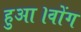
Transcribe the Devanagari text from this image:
हुआ।वोंग